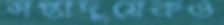
সপ্তাদুয়েকও